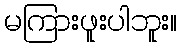
မကြားဖူးပါဘူး။